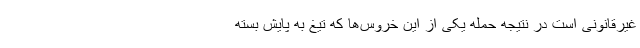
غیرقانونی است در نتیجه حمله یکی از این خروس‌ها که تیغ به پایش بسته